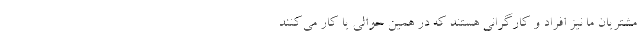
مشتریان ما نیز افراد و کارگرانی هستند که در همین حوالی یا کار می‌کنند